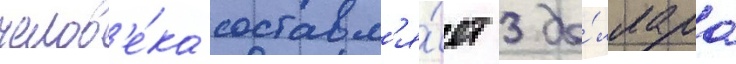
челов'е́ка составл'я́ет 3 до́ллара